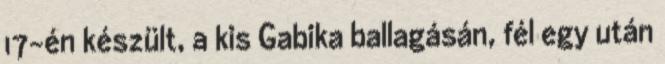
17-én készült, a kis Gabika ballagásán, fél egy után